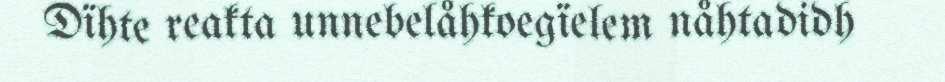
Dïhte reakta unnebelåhkoegïelem nåhtadidh